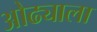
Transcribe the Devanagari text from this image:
ओढ्याला